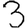
Digit: 3